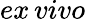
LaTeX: ex\, vivo